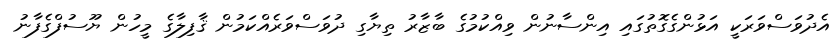
އެދުވަސްވަރަކީ އަޅުންގެގޮތުގައި އިންސާނުން ވިއްކުމުގެ ބާޒާރު ތިޔާގި ދުވަސްވަރެއްކަމުން ޤާފިލާގެ މީހުން ޔޫސުފްގެފާނު